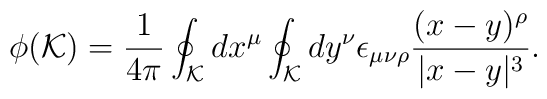
\phi ({\cal K})={1 \over 4 \pi} \oint_{\cal K}dx^{\mu} \oint_{\cal K} dy^{\nu}\epsilon_{\mu \nu \rho} { (x-y)^{\rho} \over |x-y|^3}.